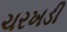
ચરખડી